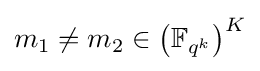
m_{1}\neq m_{2}\in \left(\mathbb {F} _{q^{k}}\right)^{K}